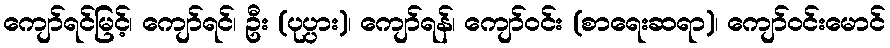
ကျော်ရင်မြင့်၊ ကျော်ရင်၊ ဦး (ပုပ္ပား)၊ ကျော်ရန်၊ ကျော်ဝင်း (စာရေးဆရာ)၊ ကျော်ဝင်းမောင်